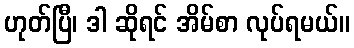
ဟုတ်ပြီ၊ ဒါ ဆိုရင် အိမ်စာ လုပ်ရမယ်။